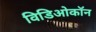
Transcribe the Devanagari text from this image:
विडिओकॉन